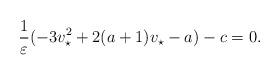
LaTeX: \begin{align*} \frac{1}{\varepsilon}(-3v_\star^2+2(a+1)v_\star -a)-c=0. \end{align*}